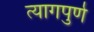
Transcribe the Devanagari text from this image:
त्यागपुर्ण